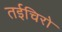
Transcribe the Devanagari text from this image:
तईचिरो